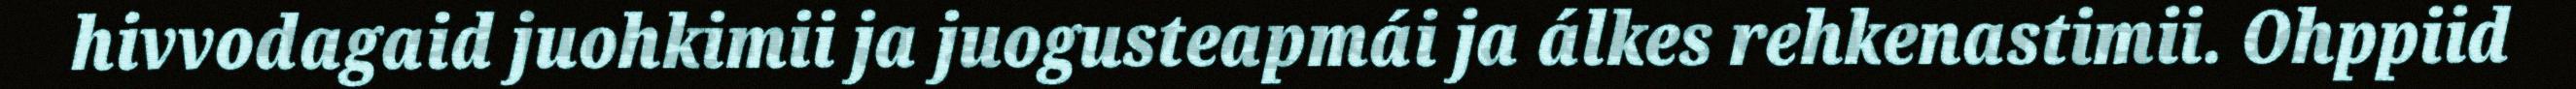
hivvodagaid juohkimii ja juogusteapmái ja álkes rehkenastimii. Ohppiid